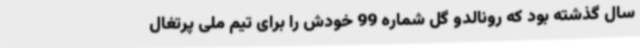
سال گذشته بود که رونالدو گل شماره 99 خودش را برای تیم‌ ملی پرتغال